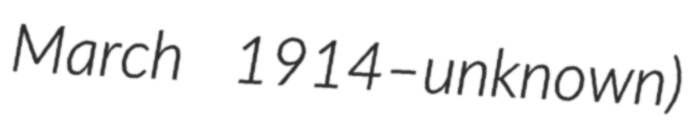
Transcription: March 1914–unknown)